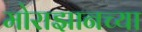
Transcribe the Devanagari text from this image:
मोराझानच्या